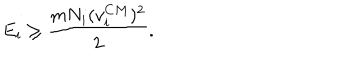
LaTeX: E _ { i } \ge \frac { m N _ { i } ( v _ { i } ^ { C M } ) ^ { 2 } } { 2 } .